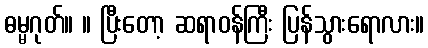
ဓမ္မဂုတ်။ ။ ပြီးတော့ ဆရာဝန်ကြီး ပြန်သွားရောလား။